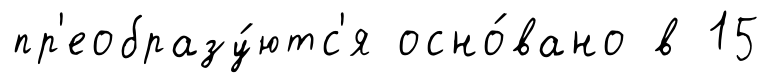
пр'еобразу́ютс'я осно́вано в 15